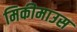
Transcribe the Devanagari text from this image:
मिकीमाउस